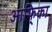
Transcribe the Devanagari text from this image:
आफि्का